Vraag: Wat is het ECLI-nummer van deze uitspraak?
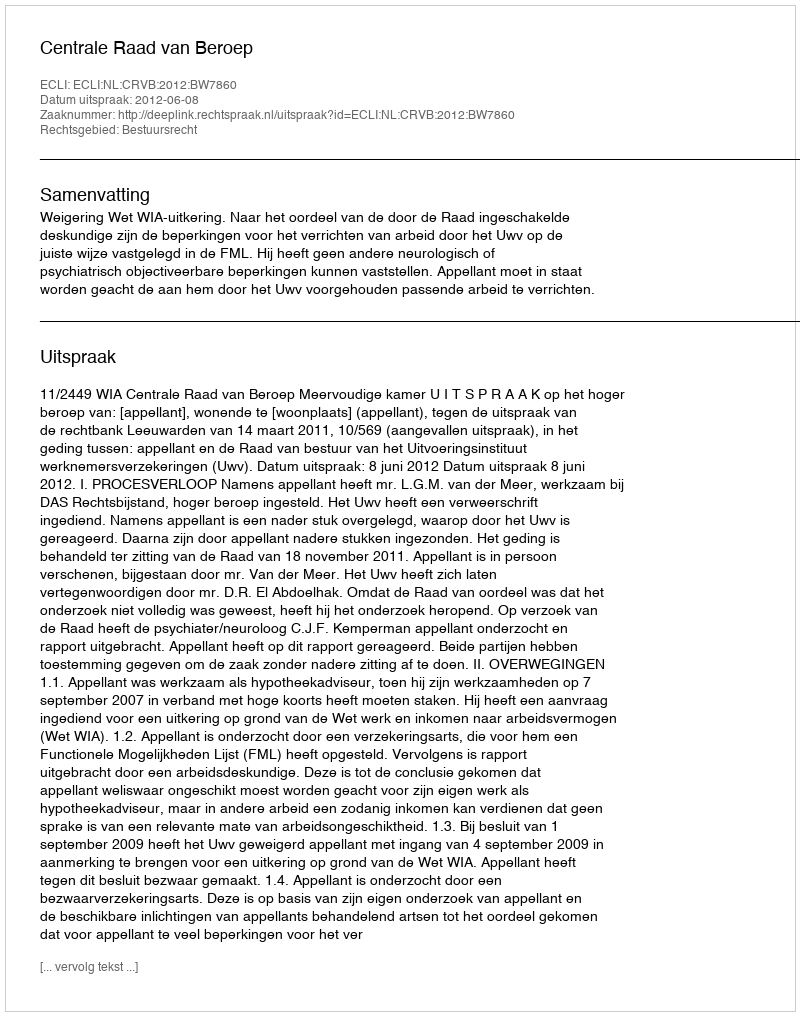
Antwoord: ECLI:NL:CRVB:2012:BW7860